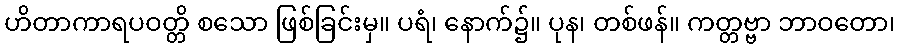
ဟိတာကာရပဝတ္တိ စသော ဖြစ်ခြင်းမှ။ ပရံ၊ နောက်၌။ ပုန၊ တစ်ဖန်။ ကတ္တဗ္ဗာ ဘာဝတော၊